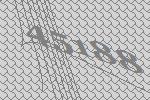
45188